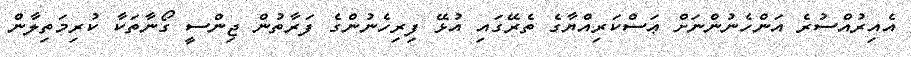
އެއިރުއްސުރެ އަންހެނުންނަށް ޢަސްކަރިއްޔާގެ ތެރޭގައި އުޅޭ ފިރިހެނުންގެ ފަރާތުން ޖިންސީ ގޯނާތަކާ ކުރިމަތިލާން